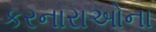
કરનારાઓના